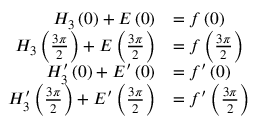
\begin{array} { r l } { H _ { 3 } \left( 0 \right) + E \left( 0 \right) } & { = f \left( 0 \right) } \\ { H _ { 3 } \left( \frac { 3 \pi } { 2 } \right) + E \left( \frac { 3 \pi } { 2 } \right) } & { = f \left( \frac { 3 \pi } { 2 } \right) } \\ { H _ { 3 } ^ { \prime } \left( 0 \right) + E ^ { \prime } \left( 0 \right) } & { = f ^ { \prime } \left( 0 \right) } \\ { H _ { 3 } ^ { \prime } \left( \frac { 3 \pi } { 2 } \right) + E ^ { \prime } \left( \frac { 3 \pi } { 2 } \right) } & { = f ^ { \prime } \left( \frac { 3 \pi } { 2 } \right) } \end{array}